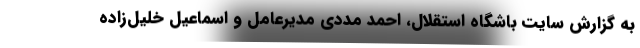
به گزارش سایت باشگاه استقلال، احمد مددی مدیرعامل و اسماعیل خلیل‌زاده